Jaan_Tonisson_(Lasteleht), lk 304
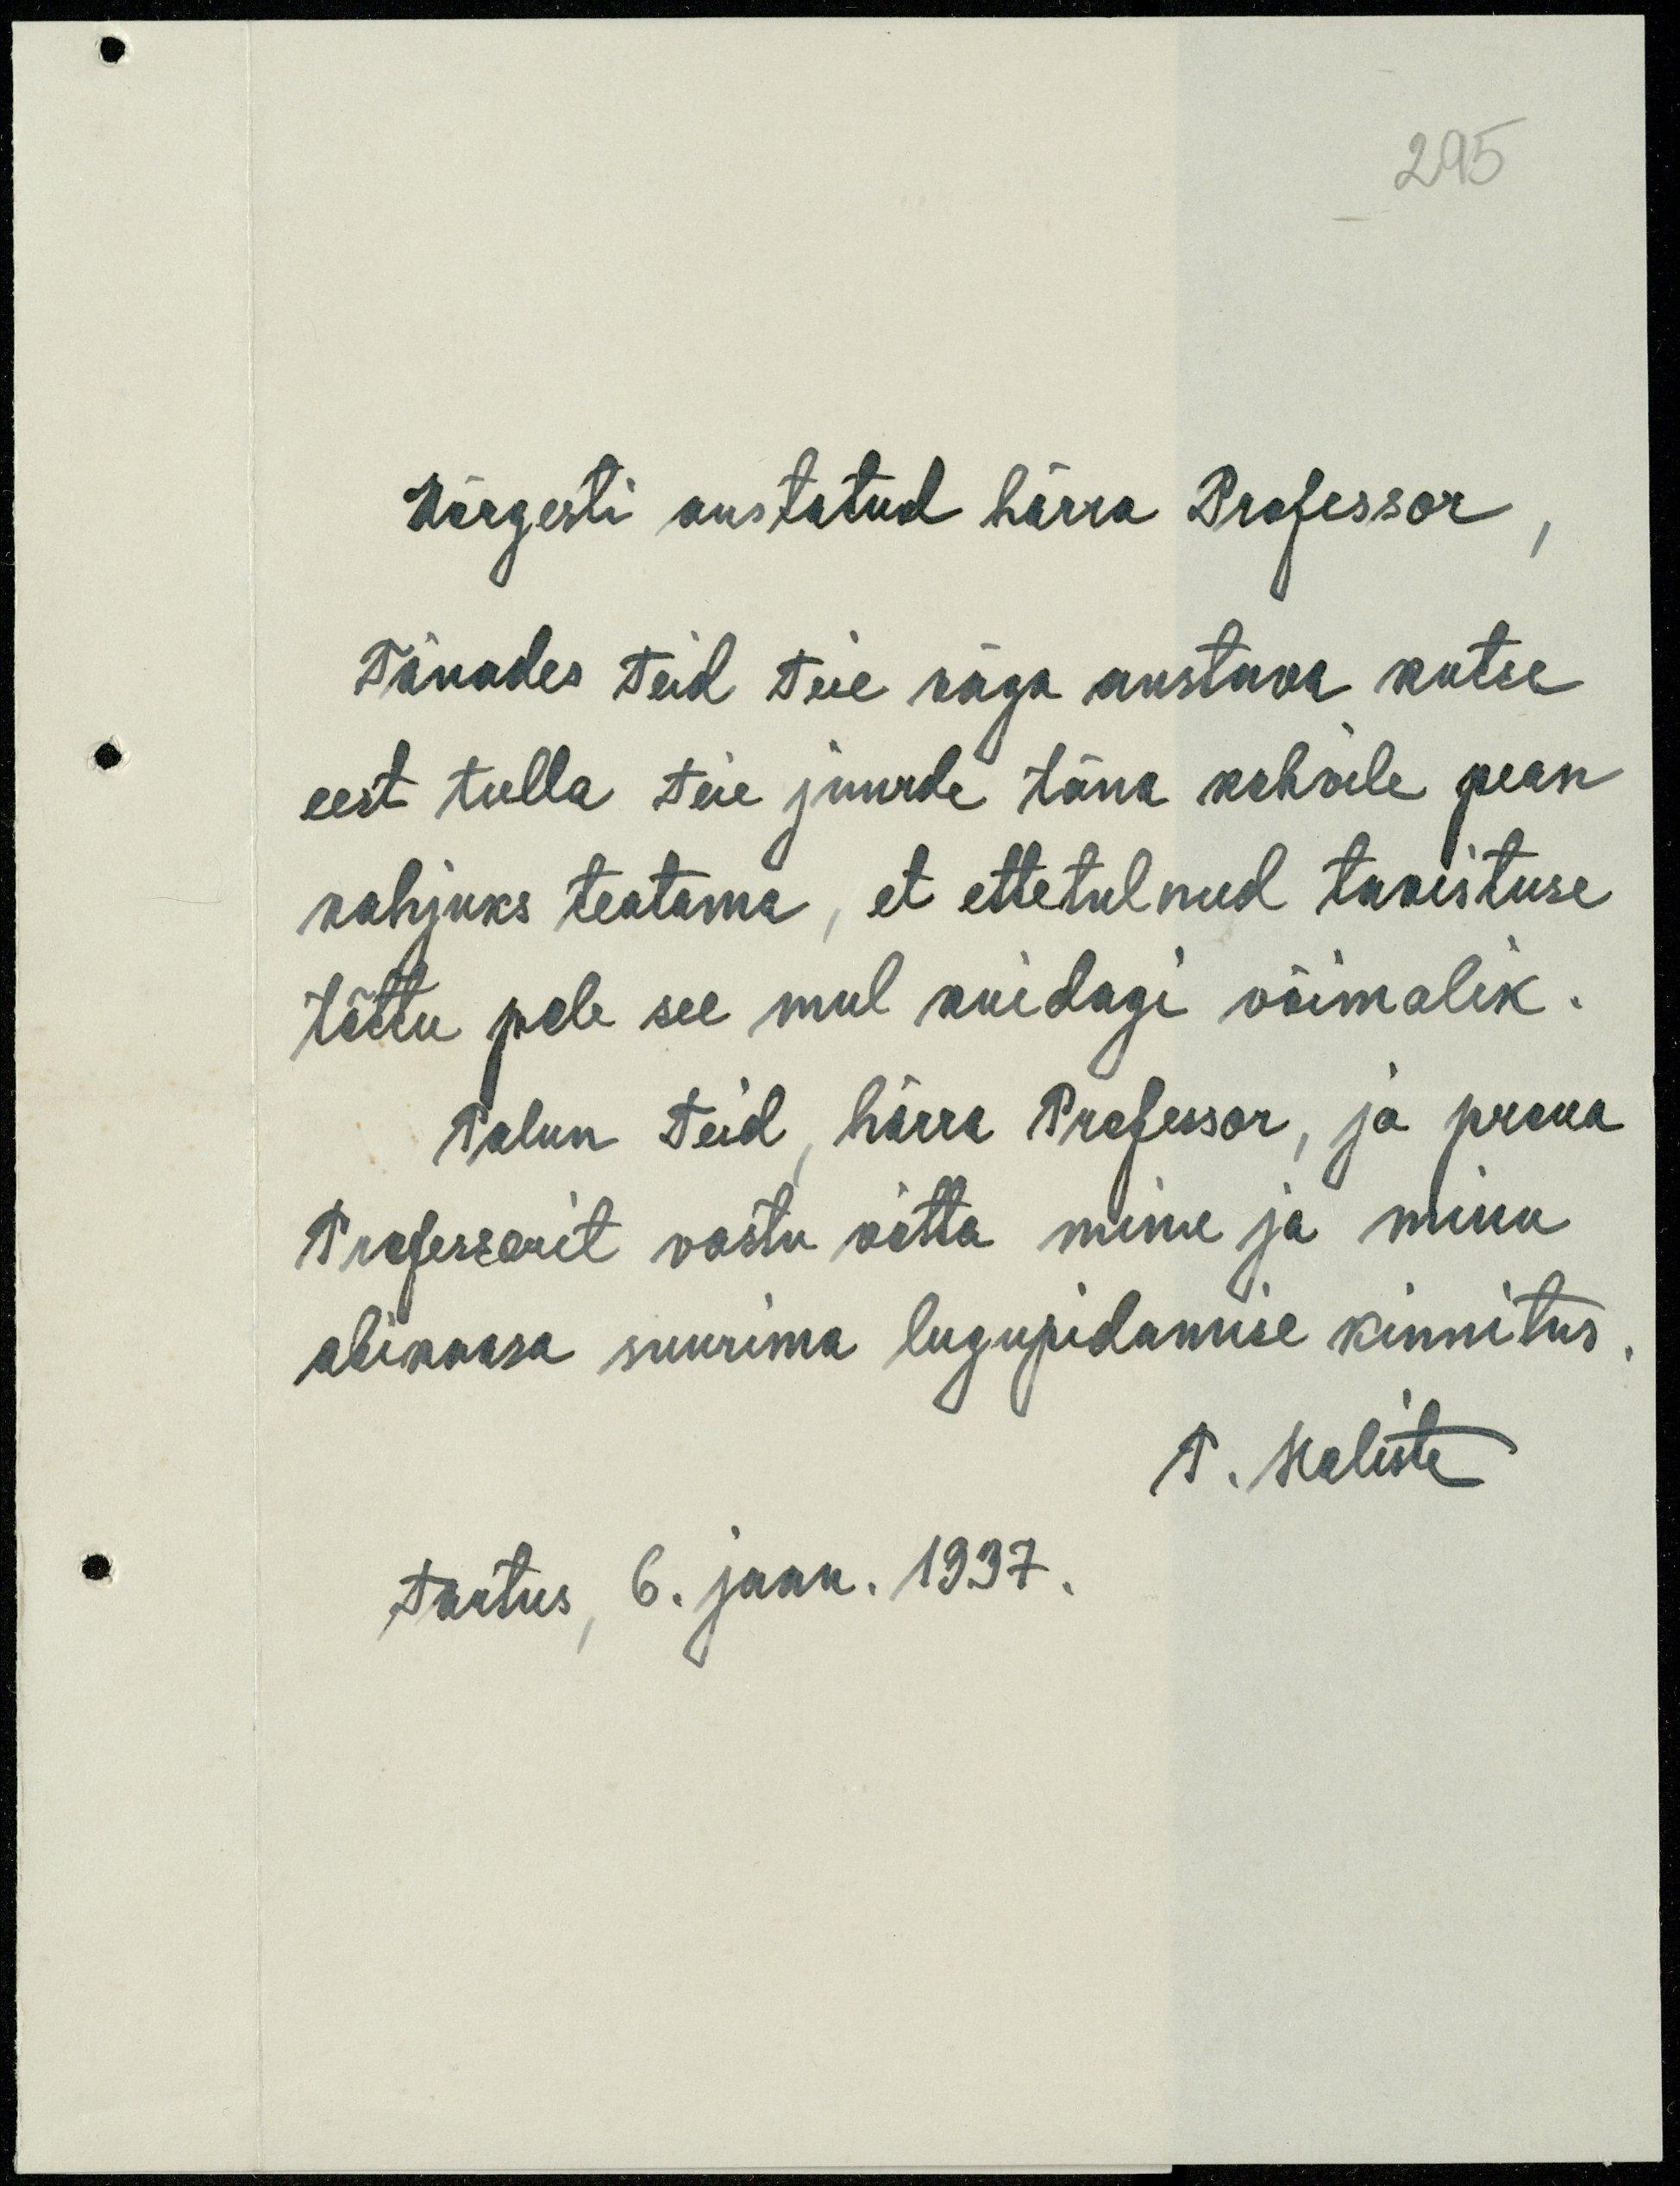
295

Kõrgesti austatud härra professor
Tänades teid teie väga austava kutse
eest tulla teie juurde täna kohvile pean
kahjuks teatama, et ettetulnud takistuse
tõttu pole see mul kuidagi võimalik.
Palun teid, härra Professor, ja proua
Professorit vastu võtta minu ja minu
abikaasa suurima lugupidamise kinnitus
T. Heliste
Tartus 6. jaan. 1937.